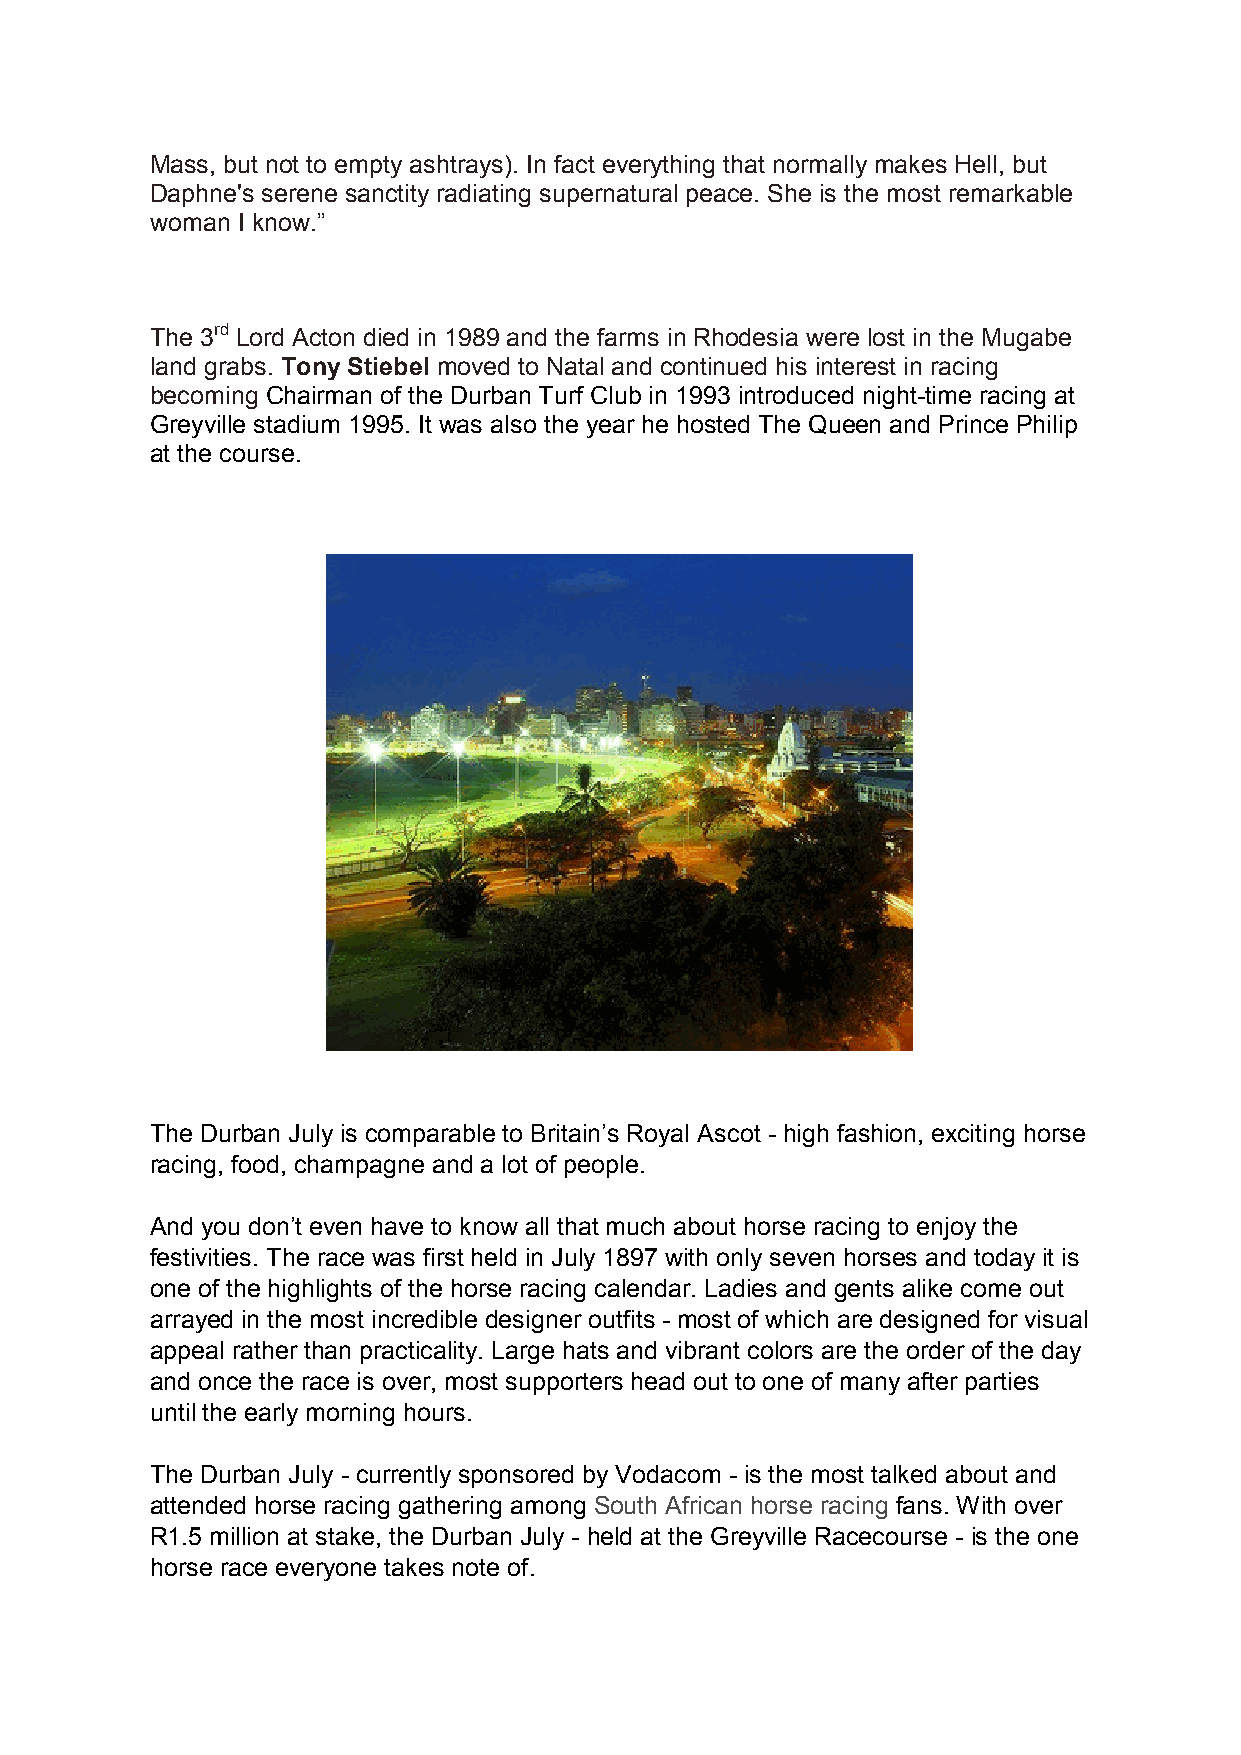
Mass, but not to empty ashtrays). In fact everything that normally makes Hell, but
 Daphne's serene sanctity radiating supernatural peace. She is the most remarkable
 woman I know.”
 The 3rd Lord Acton died in 1989 and the farms in Rhodesia were lost in the Mugabe
 land grabs. Tony Stiebel moved to Natal and continued his interest in racing
 becoming Chairman of the Durban Turf Club in 1993 introduced night-time racing at
 Greyville stadium 1995. It was also the year he hosted The Queen and Prince Philip
 at the course.
 The Durban July is comparable to Britain’s Royal Ascot - high fashion, exciting horse
 racing, food, champagne and a lot of people.
 And you don’t even have to know all that much about horse racing to enjoy the
 festivities. The race was first held in July 1897 with only seven horses and today it is
 one of the highlights of the horse racing calendar. Ladies and gents alike come out
 arrayed in the most incredible designer outfits - most of which are designed for visual
 appeal rather than practicality. Large hats and vibrant colors are the order of the day
 and once the race is over, most supporters head out to one of many after parties
 until the early morning hours.
 The Durban July - currently sponsored by Vodacom - is the most talked about and
 attended horse racing gathering among South African horse racing fans. With over
 R1.5 million at stake, the Durban July - held at the Greyville Racecourse - is the one
 horse race everyone takes note of.